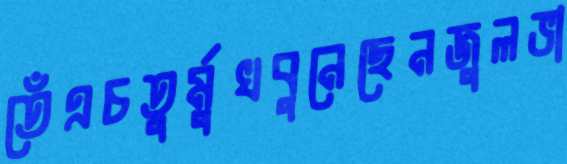
তেঁএচতুর্মুখবুনেছেনজুলভা